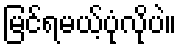
မြင်ရမယ့်ပုံလိုပဲ။